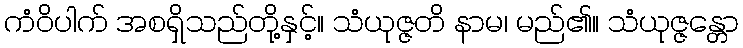
ကံဝိပါက် အစရှိသည်တို့နှင့်။ သံယုဇ္ဇတိ နာမ၊ မည်၏။ သံယုဇ္ဇန္တော